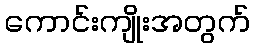
ကောင်းကျိုးအတွက်